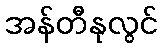
အန်တီနုလွင်